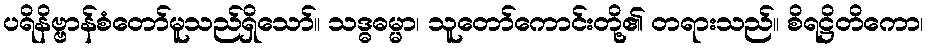
ပရိနိဗ္ဗာန်စံတော်မူသည်ရှိသော်။ သဒ္ဓဓမ္မာ၊ သူတော်ကောင်းတို့၏ တရားသည်။ စိရဋ္ဌိတိကော၊